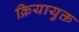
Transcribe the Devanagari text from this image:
क्रियायुक्त